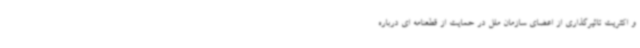
و اکثریت تاثیرگذاری از اعضای سازمان ملل در حمایت از قطعنامه ای درباره